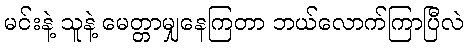
မင်းနဲ့ သူနဲ့ မေတ္တာမျှနေကြတာ ဘယ်လောက်ကြာပြီလဲ